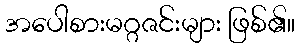
အပေါစားမဂ္ဂဇင်းများ ဖြစ်၏။